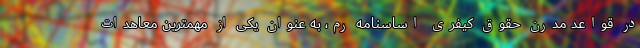
در قواعد مدرن حقوق کیفری اساسنامه رم، به عنوان یکی از مهمترین معاهدات